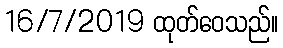
16/7/2019 ထုတ်ဝေသည်။